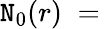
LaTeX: {\tt N}_{0}(r)\; =\;